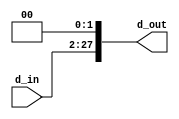
module shl26 (d_in, d_out);
  input [25:0] d_in;
  output [27:0] d_out;
  
  assign d_out = d_in << 2;
  
endmodule